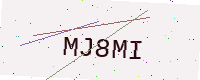
Text: MJ8MI